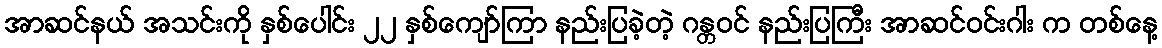
အာဆင်နယ် အသင်းကို နှစ်ပေါင်း ၂၂ နှစ်ကျော်ကြာ နည်းပြခဲ့တဲ့ ဂန္တဝင် နည်းပြကြီး အာဆင်ဝင်းဂါး က တစ်နေ့